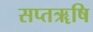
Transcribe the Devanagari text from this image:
सप्तॠषि